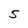
Character: S